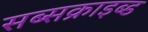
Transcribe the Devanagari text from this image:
सब्सक्राइब्ड